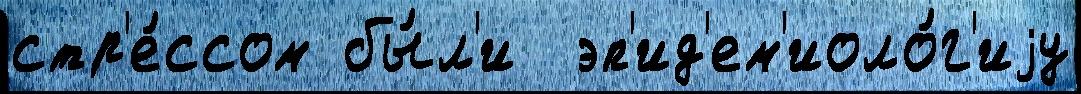
стр'е́ссом бы́л'и  эп'ид'ем'иоло́г'иjу